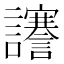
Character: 𧮎